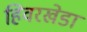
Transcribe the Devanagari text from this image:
हिवरखेडा